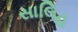
સાલિહ